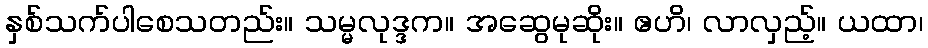
နှစ်သက်ပါစေသတည်း။ သမ္မလုဒ္ဒက။ အဆွေမုဆိုး။ ဧဟိ၊ လာလှည့်။ ယထာ၊